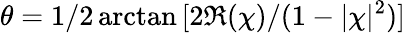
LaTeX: \theta=1/2\arctan{[2\Re{(\chi)}/(1-|\chi|^{2})]}